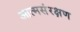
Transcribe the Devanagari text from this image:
आत्मसंरक्षण